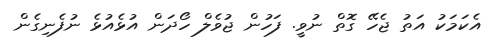
އެކަމަކު އަތު ޖެހޭ ގޮތް ނުވީ. ފަހުން ޖުވެލް ހޯދަން އުޅެއުޅެ ނުފެނިގެން